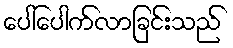
ပေါ်ပေါက်လာခြင်းသည်